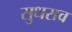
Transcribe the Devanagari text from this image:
सुधराव